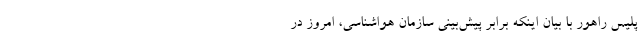
پلیس راهور با بیان اینکه برابر پیش‌بینی سازمان هواشناسی، امروز در